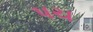
પચ